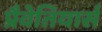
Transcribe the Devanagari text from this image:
प्रैवेतियार्स